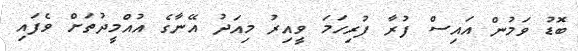
ބޮޑު ވަމުން އައިސް ފުރާ ފުރިހަމަ ވީއިރު މިއަދު އޭނާގެ އުއްމީދުތަށް ވެފައި